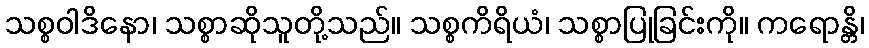
သစ္စဝါဒိနော၊ သစ္စာဆိုသူတို့သည်။ သစ္စကိရိယံ၊ သစ္စာပြုခြင်းကို။ ကရောန္တိ၊